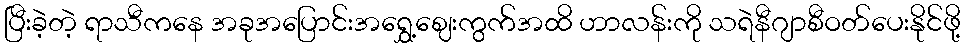
ပြီးခဲ့တဲ့ ရာသီကနေ အခုအပြောင်းအရွှေ့ဈေးကွက်အထိ ဟာလန်းကို သရဲနီဂျာစီဝတ်ပေးနိုင်ဖို့